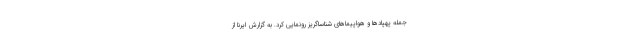
جمله پهپادها و هواپیماهای شناساگریز رونمایی کرد. به گزارش ایرنا از